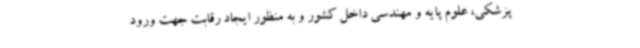
پزشکی، علوم پایه و مهندسی داخل کشور و به منظور ایجاد رقابت جهت ورود